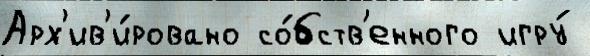
Арх'ив'и́ровано со́бств'енного игру́